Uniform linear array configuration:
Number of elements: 16
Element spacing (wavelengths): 0.25
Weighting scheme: hann
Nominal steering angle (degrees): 0
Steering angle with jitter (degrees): -1.565
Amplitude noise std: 0.05
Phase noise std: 0.05

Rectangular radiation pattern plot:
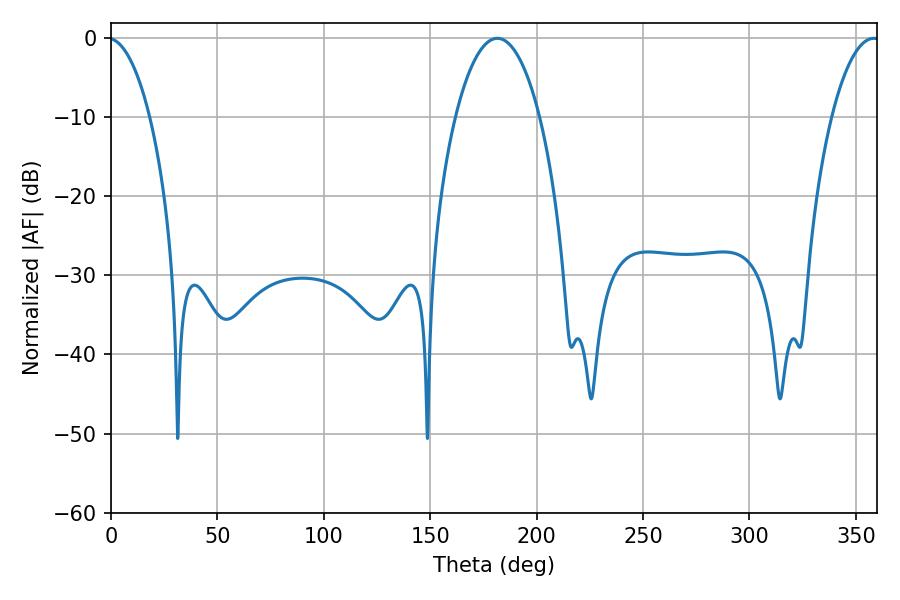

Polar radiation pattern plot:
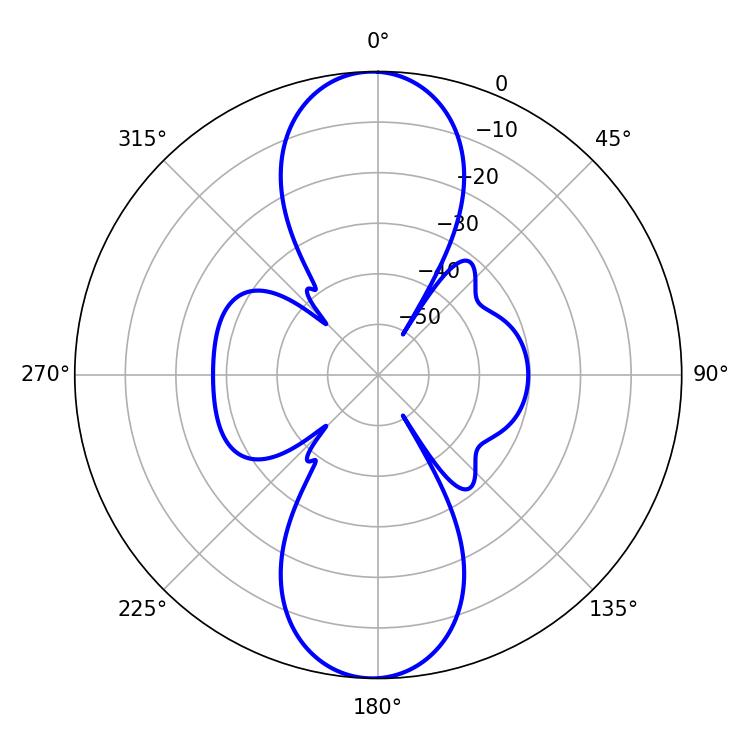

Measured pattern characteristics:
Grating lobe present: FALSE
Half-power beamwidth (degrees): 22.14
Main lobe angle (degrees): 181.62